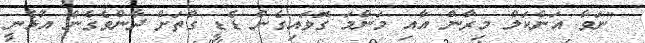
"ނަވާ އަންކަލް މިރާން އާއި މަންމަ ގޮވައިގެން ޑެޑީ ގާތަށް ދާންވެގެން އުޅެނީ